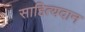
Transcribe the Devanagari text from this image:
साहित्यदान